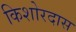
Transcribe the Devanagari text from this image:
किशोरदास